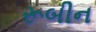
રૂબીન